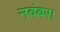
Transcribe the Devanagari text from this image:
नवंबर।